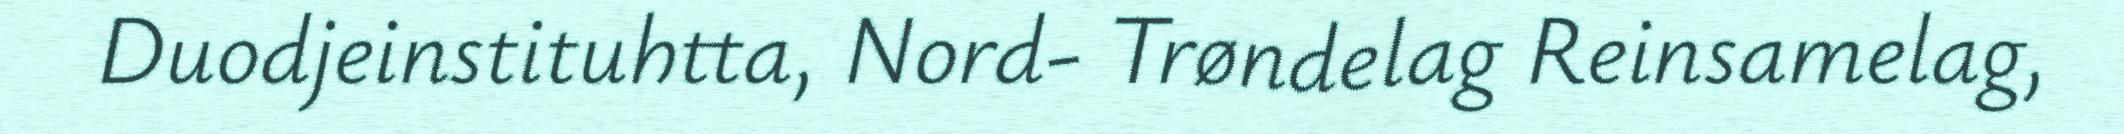
Duodjeinstituhtta, Nord- Trøndelag Reinsamelag,